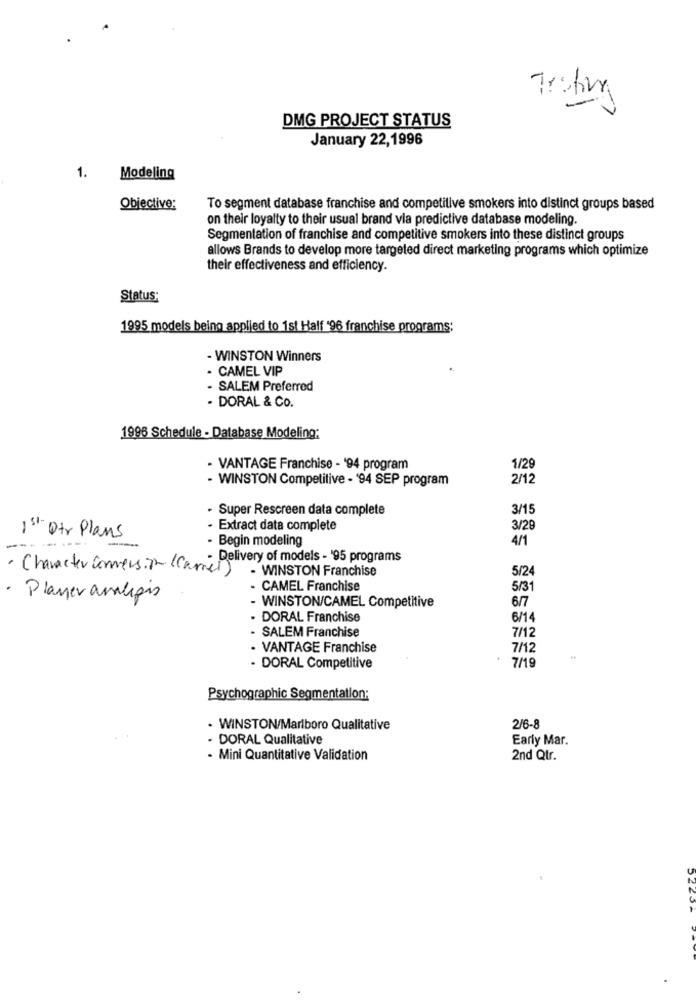
DMG PROJECT STATUS
January 22,1996
1.
Modeling
Objective:
To segment database franchise and competitive smokers into distinct groups based
on their loyalty to their usual brand via predictive database modeling.
Segmentation of franchise and competitive smokers into these distinct groups
allows Brands to develop more targeted direct marketing programs which optimize
their effectiveness and efficiency.
Status:
1995 models being applied to 1st Half '96 franchise programs;
- WINSTON Winners
- CAMEL VIP
SALEM Preferred
- DORAL & Co.
1996 Schedule - Database Modeling:
- VANTAGE Franchise - '94 program
1/29
- WINSTON Competitive - '94 SEP program
2/12
- Super Rescreen data complete
3/15
· Extract data complete
3/28
1st Otr Plans
- Begin modeling
4/1
. Delivery of models - '95 programs
· Character conversion ( Camel)
- WINSTON Franchise
5/24
CAMEL Franchise
5/31
· Planeraraligis
6/7
WINSTON/CAMEL Competitive
DORAL Franchise
6/14
SALEM Franchise
7/12
· VANTAGE Franchise
7/12
7/19
- DORAL Competitive
Psychographic Segmentation:
. WINSTON/Marlboro Qualitative
2/6-8
- DORAL Qualitative
Early Mar.
- Mini Quantitative Validation
2nd Qtr.